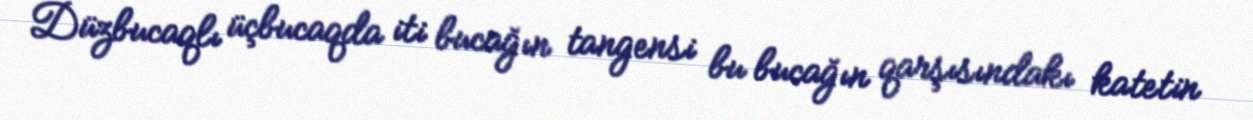
Düzbucaqlı üçbucaqda iti bucağın tangensi bu bucağın qarşısındakı katetin